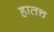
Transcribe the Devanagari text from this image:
हातच